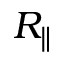
R _ { \parallel }